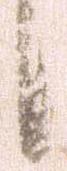
候